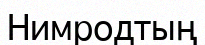
Нимродтың